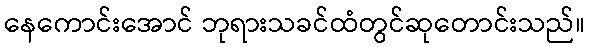
နေကောင်းအောင် ဘုရားသခင်ထံတွင်ဆုတောင်းသည်။